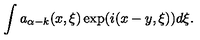
\int a _ { \alpha - k } ( x , \xi ) \exp ( i ( x - y , \xi ) ) d \xi .